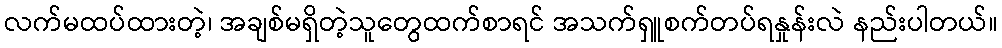
လက်မထပ်ထားတဲ့၊ အချစ်မရှိတဲ့သူတွေထက်စာရင် အသက်ရှူစက်တပ်ရနှုန်းလဲ နည်းပါတယ်။